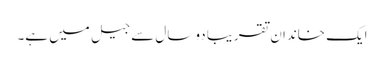
ایک خاندان تقریبا دو سال سے جیل میں ہے۔